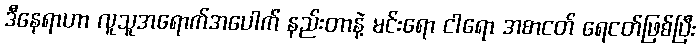
ဒီနေရာဟာ လူသူအရောက်အပေါက် နည်းတာနဲ့ မင်းရော ငါရော အစာငတ် ရေငတ်ဖြစ်ပြီး